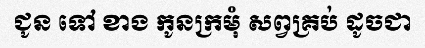
ជូន ទៅ ខាង កូនក្រមុំ សព្វគ្រប់ ដូចជា